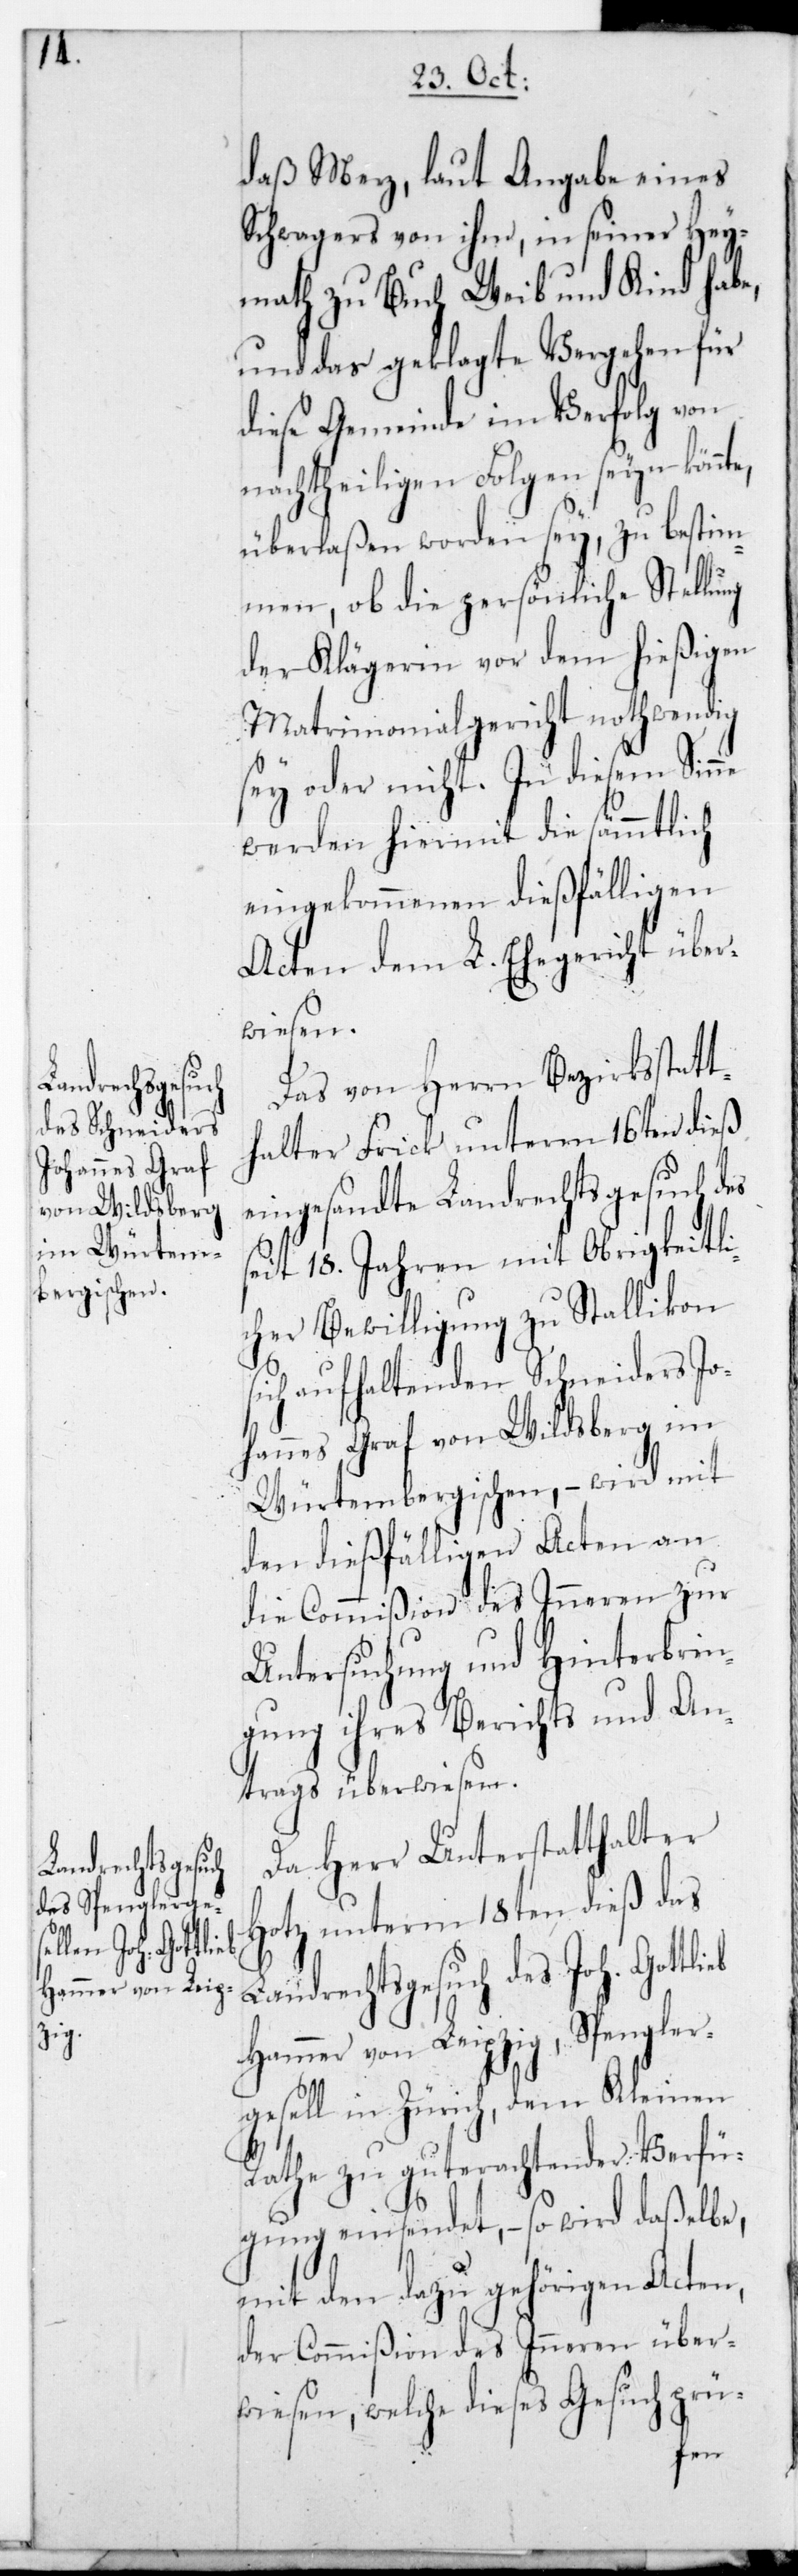
Landrechtsgesuch
des Joh. Gottlieb

daß Merz, laut Angabe eines
Schwagers von ihm, in seiner Hey¬
math zu Buch Weib und Kind habe,
und das geklagte Vergehen für
diese Gemeinde im Verfolg von
nachtheiligen Folgen seyn könnte,
überlaßen worden sey, zu bestim¬
men, ob die persönliche Stellung
der Klägerin vor dem hießigen
Matrimonialgericht nothwendig
sey oder nicht. In diesem Sinne
werden hiermit die sämmtlich
eingekommenen dießfälligen
Acten dem L. Ehegericht über¬
wiesen.
Das von Herrn Bezirksstatt¬
halter Frick unterm 16ten dieß
eingesandte Landrechtsgesuch des
seit 18. Jahren mit Obrigkeitli¬
cher Bewilligung zu Stallikon
sich aufhaltenden Schneiders Jo¬
hannes Graf von Wildsberg im
Würtembergischen, – wird mit
den dießfälligen Acten an
die Commißion des Inneren zur
Untersuchung und Hinterbrin¬
gung ihres Berichts und An¬
trags überwiesen.
Da Herr Unterstatthalter
Hotz unterm 18ten dieß das
Hammer von Leipzig, Spengler¬
gesell in Zürich, dem Kleinen
Rathe zu guterachtender Verfü¬
gung einsendet, – so wird daßelbe,
mit den dazu gehörigen Acten,
der Commißion des Inneren über¬
wiesen, welche dieses Gesuch prü-